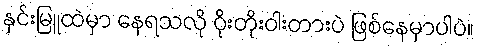
နှင်းမြူထဲမှာ နေရသလို ဝိုးတိုးဝါးတားပဲ ဖြစ်နေမှာပါပဲ။